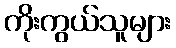
ကိုးကွယ်သူများ